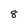
Character: 8